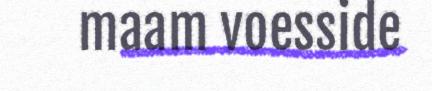
maam voesside